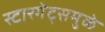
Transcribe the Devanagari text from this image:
स्टारगेट्समुळे